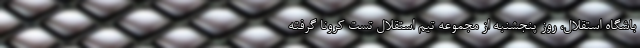
باشگاه استقلال، روز پنجشنبه از مجموعه تیم استقلال تست کرونا گرفته